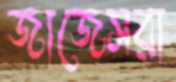
জাজেসরা